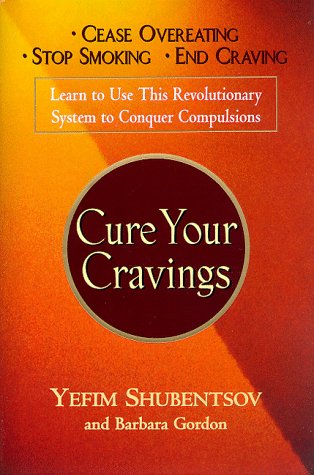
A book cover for Cure Your Cravings: Learn to Use this Revolutionary System to Conquer Compulsions; Yefim Shubentsov; Health, Fitness & Dieting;